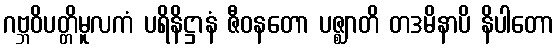
ဂဗ္ဘဝိပတ္တိမူလကံ ပရိနိဋ္ဌာနံ ဇီဝနတော ပဇ္ဈာတိ တဒမိနာပိ နိပါတော